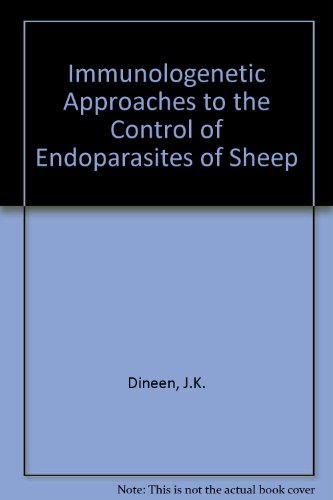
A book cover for Immunogenetic Approaches to the Control of Endoparasites, With Particular Reference to Parasites of Sheep; J. K. Dineen; Medical Books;